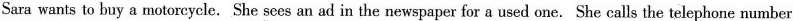
Sara wants to buy a motorcycle. She sees an ad in the newspaper for a used one. She calls the telephone number